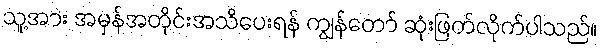
သူ့အား အမှန်အတိုင်းအသိပေးရန် ကျွန်တော် ဆုံးဖြတ်လိုက်ပါသည်။